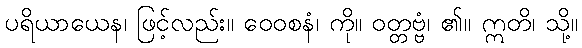
ပရိယာယေန၊ ဖြင့်လည်း။ ဝေဝစနံ၊ ကို။ ဝတ္တဗ္ဗံ၊ ၏။ ဣတိ၊ သို့။